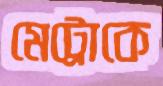
মেট্রোকে